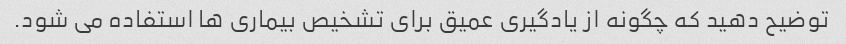
توضیح دهید که چگونه از یادگیری عمیق برای تشخیص بیماری ها استفاده می شود.